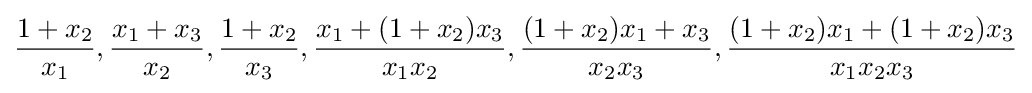
{\frac {1+x_{2}}{x_{1}}},{\frac {x_{1}+x_{3}}{x_{2}}},{\frac {1+x_{2}}{x_{3}}},{\frac {x_{1}+(1+x_{2})x_{3}}{x_{1}x_{2}}},{\frac {(1+x_{2})x_{1}+x_{3}}{x_{2}x_{3}}},{\frac {(1+x_{2})x_{1}+(1+x_{2})x_{3}}{x_{1}x_{2}x_{3}}}